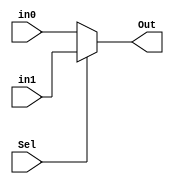
module MUX_2_32(in0,in1,Sel,Out);

input [31:0] in0,in1;
input Sel;
output reg[31:0] Out;

always@(in0,in1,Sel)
case (Sel)
	0: Out<=in0;
	default: Out<=in1;
endcase

endmodule

module MUX_2_5(in0,in1,Sel,Out);

input [4:0] in0,in1;
input Sel;
output reg[4:0] Out;

always@(in0,in1,Sel)
case (Sel)
	0: Out<=in0;
	default: Out<=in1;
endcase

endmodule